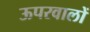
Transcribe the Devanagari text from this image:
ऊपरवालों